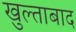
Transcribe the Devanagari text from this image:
खुल्ताबाद